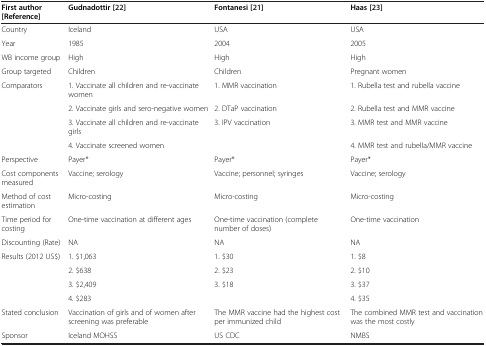
<table><thead><tr><td><b>First author [Reference]</b></td><td><b>Gudnadottir [[22]]</b></td><td><b>Fontanesi [[21]]</b></td><td><b>Haas [[23]]</b></td></tr></thead><tbody><tr><td>Country</td><td>Iceland</td><td>USA</td><td>USA</td></tr><tr><td>Year</td><td>1985</td><td>2004</td><td>2005</td></tr><tr><td>WB income group</td><td>High</td><td>High</td><td>High</td></tr><tr><td>Group targeted</td><td>Children</td><td>Children</td><td>Pregnant women</td></tr><tr><td>Comparators</td><td>1. Vaccinate all children and re-vaccinate women</td><td>1. MMR vaccination</td><td>1. Rubella test and rubella vaccine</td></tr><tr><td> </td><td>2. Vaccinate girls and sero-negative women</td><td>2. DTaP vaccination</td><td>2. Rubella test and MMR vaccine</td></tr><tr><td> </td><td>3. Vaccinate all children and re-vaccinate girls</td><td>3. IPV vaccination</td><td>3. MMR test and MMR vaccine</td></tr><tr><td> </td><td>4. Vaccinate screened women</td><td> </td><td>4. MMR test and rubella/MMR vaccine</td></tr><tr><td>Perspective</td><td>Payer*</td><td>Payer*</td><td>Payer*</td></tr><tr><td>Cost components measured</td><td>Vaccine; serology</td><td>Vaccine; personnel; syringes</td><td>Vaccine; serology</td></tr><tr><td>Method of cost estimation</td><td>Micro-costing</td><td>Micro-costing</td><td>Micro-costing</td></tr><tr><td>Time period for costing</td><td>One-time vaccination at different ages</td><td>One-time vaccination (complete number of doses)</td><td>One-time vaccination</td></tr><tr><td>Discounting (Rate)</td><td>NA</td><td>NA</td><td>NA</td></tr><tr><td>Results (2012 US$)</td><td>1. $1,063</td><td>1. $30</td><td>1. $8</td></tr><tr><td> </td><td>2. $638</td><td>2. $23</td><td>2. $10</td></tr><tr><td> </td><td>3. $2,409</td><td>3. $18</td><td>3. $37</td></tr><tr><td> </td><td>4. $283</td><td> </td><td>4. $35</td></tr><tr><td>Stated conclusion</td><td>Vaccination of girls and of women after screening was preferable</td><td>The MMR vaccine had the highest cost per immunized child</td><td>The combined MMR test and vaccination was the most costly</td></tr><tr><td>Sponsor</td><td>Iceland MOHSS</td><td>US CDC</td><td>NMBS</td></tr></tbody></table>